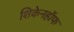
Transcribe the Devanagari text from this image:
शिकेनहॉफ